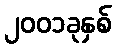
၂၀၀၁ခုနှစ်